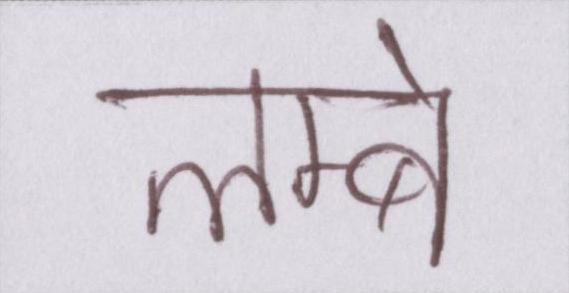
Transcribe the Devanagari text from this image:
लम्बे